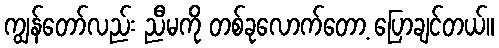
ကျွန်တော်လည်း ညီမကို တစ်ခုလောက်တော့ ပြောချင်တယ်။